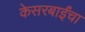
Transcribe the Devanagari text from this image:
केसरबाईंचा